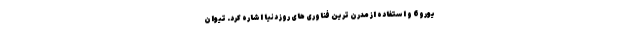
یورو6 و استفاده از مدرن ترین فناوری های روز دنیا اشاره کرد. تیوان